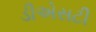
ડીએસટી